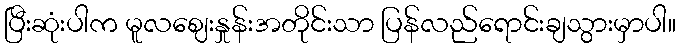
ပြီးဆုံးပါက မူလဈေးနှုန်းအတိုင်းသာ ပြန်လည်ရောင်းချသွားမှာပါ။